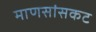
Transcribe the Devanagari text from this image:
माणसांसकट